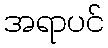
အရာပင်